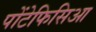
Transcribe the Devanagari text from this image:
पोंटेफिसिआ